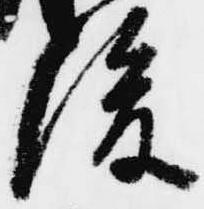
後